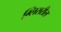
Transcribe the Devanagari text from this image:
ग्लिसरील